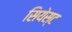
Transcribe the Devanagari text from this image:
सियेस्ट